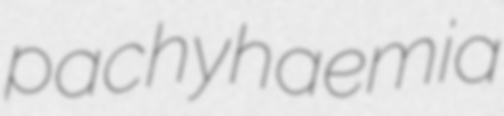
pachyhaemia